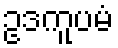
ဥဒကူပမံ